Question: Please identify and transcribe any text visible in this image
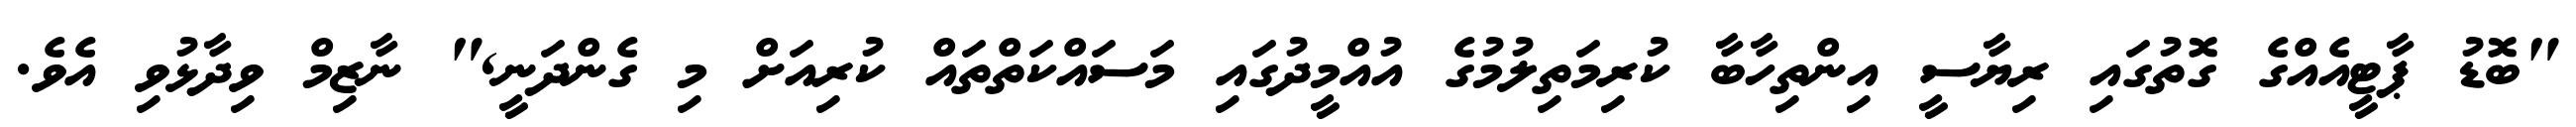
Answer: "ބޮޑު ޕާޓީއެއްގެ ގޮތުގައި ރިޔާސީ އިންތިހާބާ ކުރިމަތިލުމުގެ އުއްމީދުގައި މަސައްކަތްތައް ކުރިއަށް މި ގެންދަނީ," ނާޒިމް ވިދާޅުވި އެވެ.